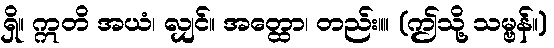
ရှိ။ ဣတိ အယံ၊ လျှင်။ အတ္ထော၊ တည်း။။ (ဤသို့ သမ္ဗန်။)